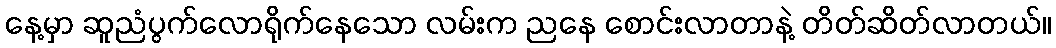
နေ့မှာ ဆူညံပွက်လောရိုက်နေသော လမ်းက ညနေ စောင်းလာတာနဲ့ တိတ်ဆိတ်လာတယ်။